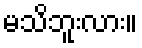
မသိဘူးလား။